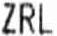
ZRL